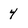
Character: 4